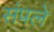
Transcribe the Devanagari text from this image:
संपलें